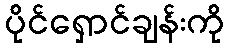
ပိုင်ရှောင်ချန်းကို